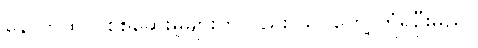
နောက်ထပ် စစ်ဆေးမှုများကိုလည်း သင်တွေ့ကြုံရဦးမည်။